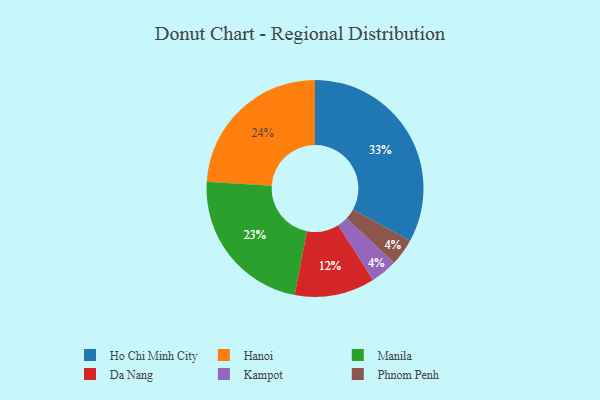
{"axis": {"x": "Category", "y": "Percentage"}, "legend": ["Da Nang", "Hanoi", "Ho Chi Minh City", "Kampot", "Manila", "Phnom Penh"], "data": [{"x": "Manila", "y": 23, "type": "Manila"}, {"x": "Kampot", "y": 4, "type": "Kampot"}, {"x": "Da Nang", "y": 12, "type": "Da Nang"}, {"x": "Phnom Penh", "y": 4, "type": "Phnom Penh"}, {"x": "Ho Chi Minh City", "y": 33, "type": "Ho Chi Minh City"}, {"x": "Hanoi", "y": 24, "type": "Hanoi"}]}